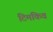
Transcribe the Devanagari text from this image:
टिमकिव